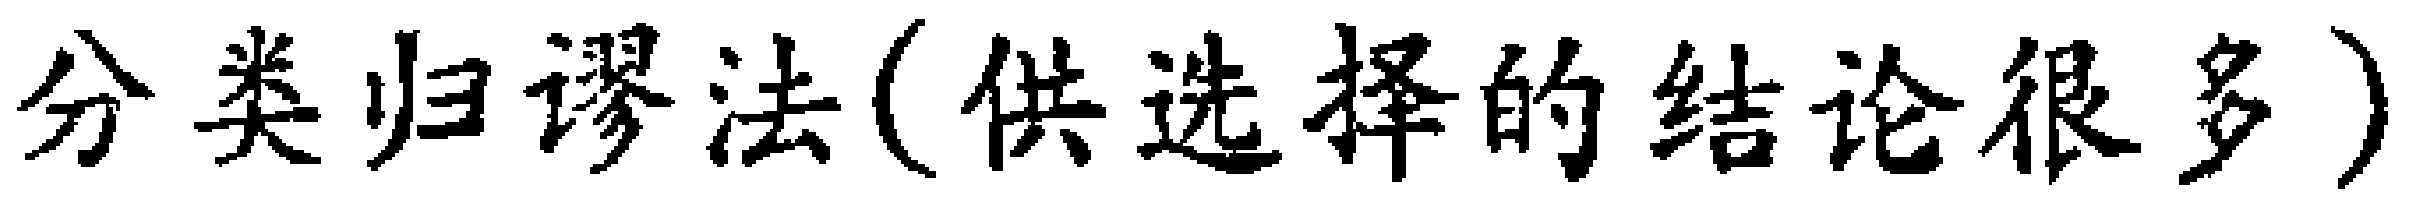
分类归谬法(供选择的结论很多)